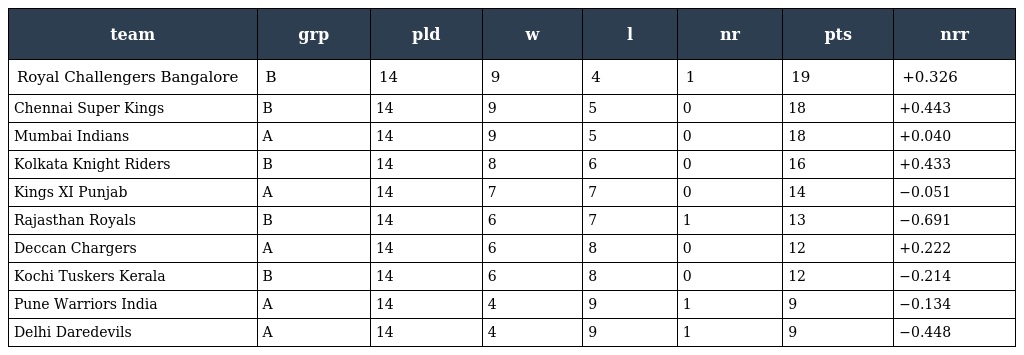
| team | grp | pld | w | l | nr | pts | nrr |
 | --- | --- | --- | --- | --- | --- | --- | --- |
 | Royal Challengers Bangalore | B | 14 | 9 | 4 | 1 | 19 | +0.326 |
 | Chennai Super Kings | B | 14 | 9 | 5 | 0 | 18 | +0.443 |
 | Mumbai Indians | A | 14 | 9 | 5 | 0 | 18 | +0.040 |
 | Kolkata Knight Riders | B | 14 | 8 | 6 | 0 | 16 | +0.433 |
 | Kings XI Punjab | A | 14 | 7 | 7 | 0 | 14 | −0.051 |
 | Rajasthan Royals | B | 14 | 6 | 7 | 1 | 13 | −0.691 |
 | Deccan Chargers | A | 14 | 6 | 8 | 0 | 12 | +0.222 |
 | Kochi Tuskers Kerala | B | 14 | 6 | 8 | 0 | 12 | −0.214 |
 | Pune Warriors India | A | 14 | 4 | 9 | 1 | 9 | −0.134 |
 | Delhi Daredevils | A | 14 | 4 | 9 | 1 | 9 | −0.448 |